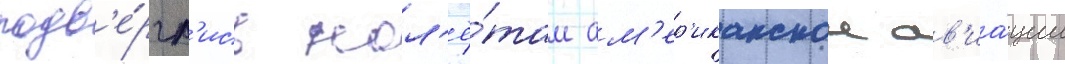
подв'е́ргл'ись нал'ё́там ам'ер'иканскои ав'иа́ции